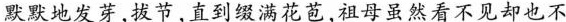
默默地发芽，拔节，直到缀满花苞，祖母虽然看不见却也不